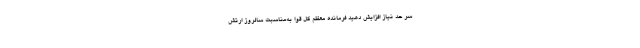
سر حد نیاز افزایش دهید فرمانده معظم کل قوا به‌مناسبت سالروز ارتش